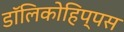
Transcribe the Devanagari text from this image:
डॉलिकोहिप्पस